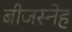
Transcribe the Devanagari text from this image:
बीजस्नेह